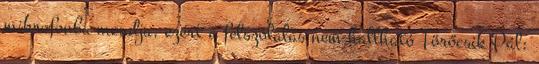
mikrofonba mondja, ezért a felszólalás nem hallható Törőcsik Pál: